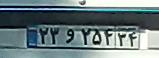
۲۳و۲۵۴۳۴